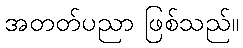
အတတ်ပညာ ဖြစ်သည်။